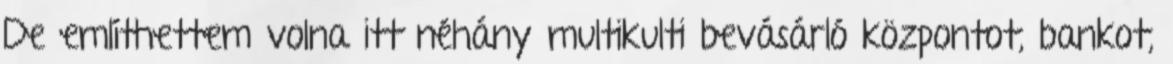
De említhettem volna itt néhány multikulti bevásárló központot, bankot,